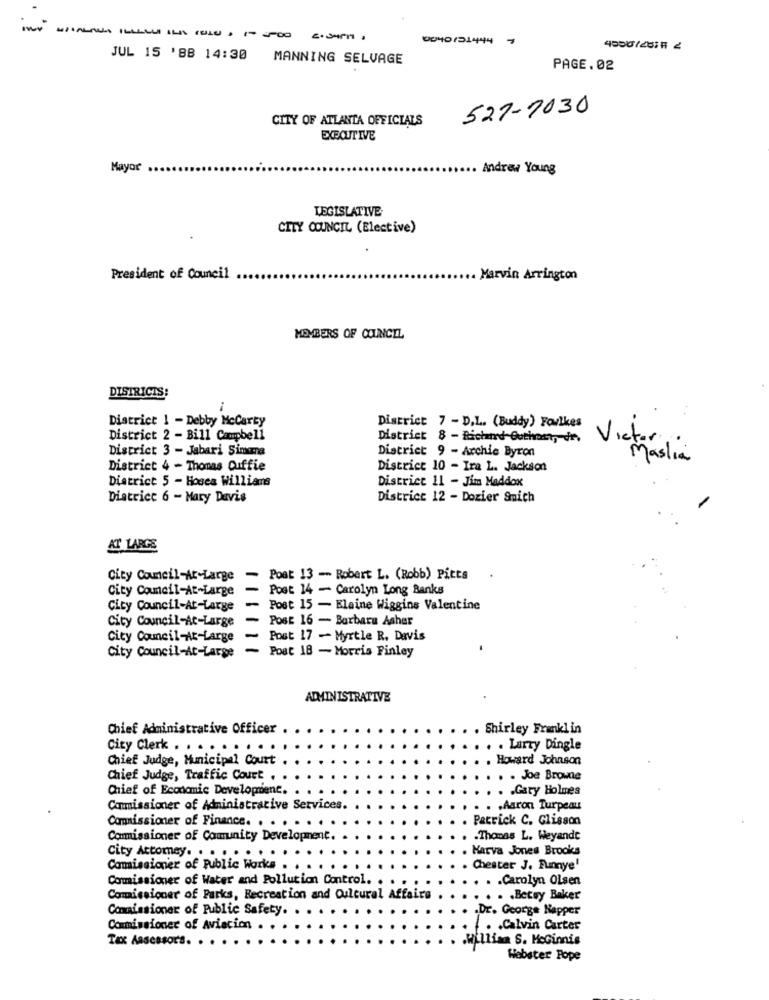
0040121444 7
JUL 15 '88 14:30
MANNING SELVAGE
PAGE.02
527-7030
CITY OF ATLANTA OFFICIALS
EXECUTIVE
Mayor
Andrew Young
LEGISLATIVE
CITY COUNCIL (Elective)
President of Council
Marvin Arrington
MEMBERS OF COUNCIL
DISTRICTS:
District 1 - Debby Mccarty
District 7 - D.L. (Buddy) Fowlkes
District 2 - Bill Campbell
District 8 - Richand-Gothat, d'r.
Victor.
District 3 - Jabari Simona
District 9 - Archie Byron
Maslia
District 4 - Thomas Cuffie
District 10 - Ira L. Jackson
District 5 - Hosea Williams
District 11 - Jim Maddox
Diatrice 6 - Mary Davis
District 12 - Dozier Smich
AT LARGE
City Council-At-Large
- Poat 13 - Robert L. (Robb) Pitts
City Council-At-Large
- Post 14 - Carolyn Long Banks
City Council-At-Large
- Post 15 - Elaine Wiggins Valentine
City Council-At-Large
- Post 16 - Barbara Asher
City Council-At-Large - Post 17 - Myrtle R. Davis
City Council-At-Large - Post 18 - Morris Finley
ADMINISTRATIVE
Chief Administrative Officer
. Shirley Franklin
City Clerk . . . ..
. . Larzy Dingle
Chief Judge, Municipal Court
Howard Johnson
Chief Judge, Traffic Court .
. Joe Browne
Chief of Economic Developient.
.Gary Holmes
Commissioner of Administrative Services
.Aaron Turpeau
Patrick C. Clisson
Commissioner of Finance. . . . . . .
Commissioner of Community Development.
.Thomas L. Weyande
City Attomey. . . .
Harva Jones Brooks
Commissioner of Public Works
Chester J. Funnye'
Commissioner of Water and Pollution Control. ..
.Carolyn Olsen
Comissioner of Parks, Recreation and Cultural Affairs
.. . Betsy Baker
Commissioner of Public Safety.
Dr. George Napper
Commissioner of Aviation .
. . Calvin Carter
Tax Assessor's. .
.William S. McGinnis
Webster Pope